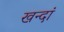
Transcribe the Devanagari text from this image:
खन्दां